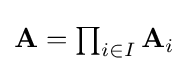
{\textstyle \mathbf {A} =\prod _{i\in I}\mathbf {A} _{i}}